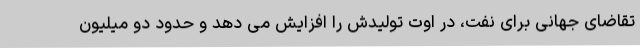
تقاضای جهانی برای نفت، در اوت تولیدش را افزایش می دهد و حدود دو میلیون